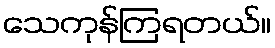
သေကုန်ကြရတယ်။